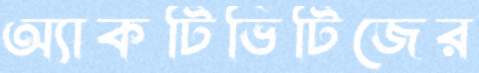
অ্যাকটিভিটিজের